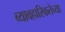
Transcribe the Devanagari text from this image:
व्यावहारिकतेच्या